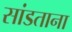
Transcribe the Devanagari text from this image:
सांडताना